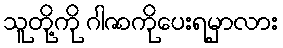
သူတို့ကို ဂါဇာကိုပေးရမှာလား